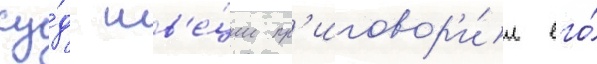
су́д шв'е́ции пр'иговор'и́л его́